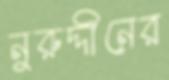
নুরুদ্দীনের